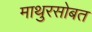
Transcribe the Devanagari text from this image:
माथुरसोबत